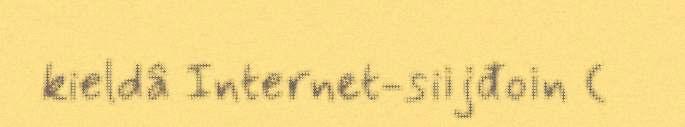
kieldâ Internet-siijđoin (